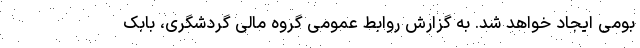
بومی ایجاد خواهد شد. به گزارش روابط عمومی گروه مالی گردشگری، بابک